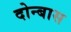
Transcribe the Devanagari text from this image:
दोन्बास